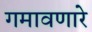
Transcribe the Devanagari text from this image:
गमावणारे